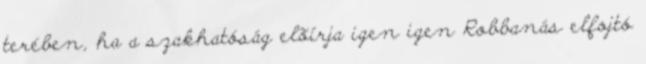
terében, ha a szakhatóság elõírja igen igen Robbanás elfojtó